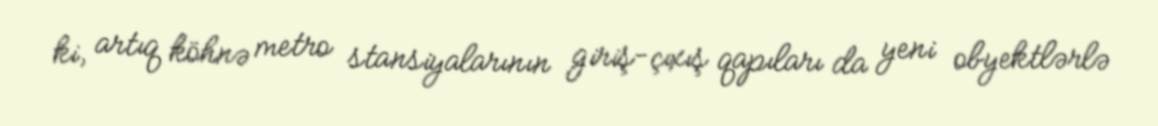
ki, artıq köhnə metro stansiyalarının giriş-çıxış qapıları da yeni obyektlərlə